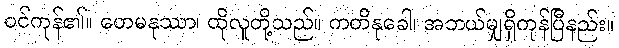
ဝင်ကုန်၏။ တေမနုဿာ၊ ထိုလူတို့သည်။ ကတိနုခေါ၊ အဘယ်မျှရှိကုန်ပြီနည်း။